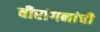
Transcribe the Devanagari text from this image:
वीरांगनांची